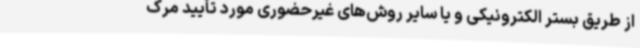
از طریق بستر الکترونیکی و یا سایر روش‌های غیرحضوری مورد تأیید مرک